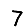
Digit: 7